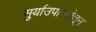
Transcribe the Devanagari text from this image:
सुर्याउपासनेतून